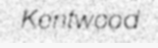
Kentwood